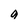
Character: g